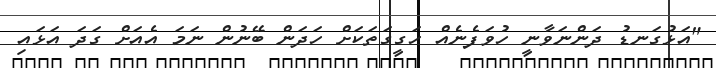
"އަޅުގަނޑު ދަންނަވާނީ ހުވަފެނެއް ހަގީގަތަކަށް ހަދަން ބޭނުން ނަމަ އެއަށް ގަދަ އަޅައި